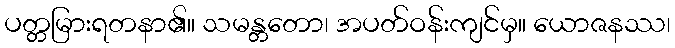
ပတ္တမြားရတနာ၏။ သမန္တတော၊ အပတ်ဝန်းကျင်မှ။ ယောဇနဿ၊